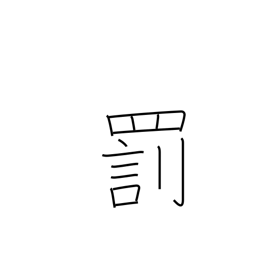
Meaning: penalty